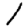
Digit: 1